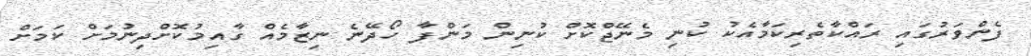
ފެންވަރުގައި ރައްކާތެރިކަމާއެކު ކުނި މެނޭޖްކޮށް ކުނިން މަންފާ ހޯދޭނެ ނިޒާމެއް ގާއިމުކޮށްދިނުމަށް ކަމަށް